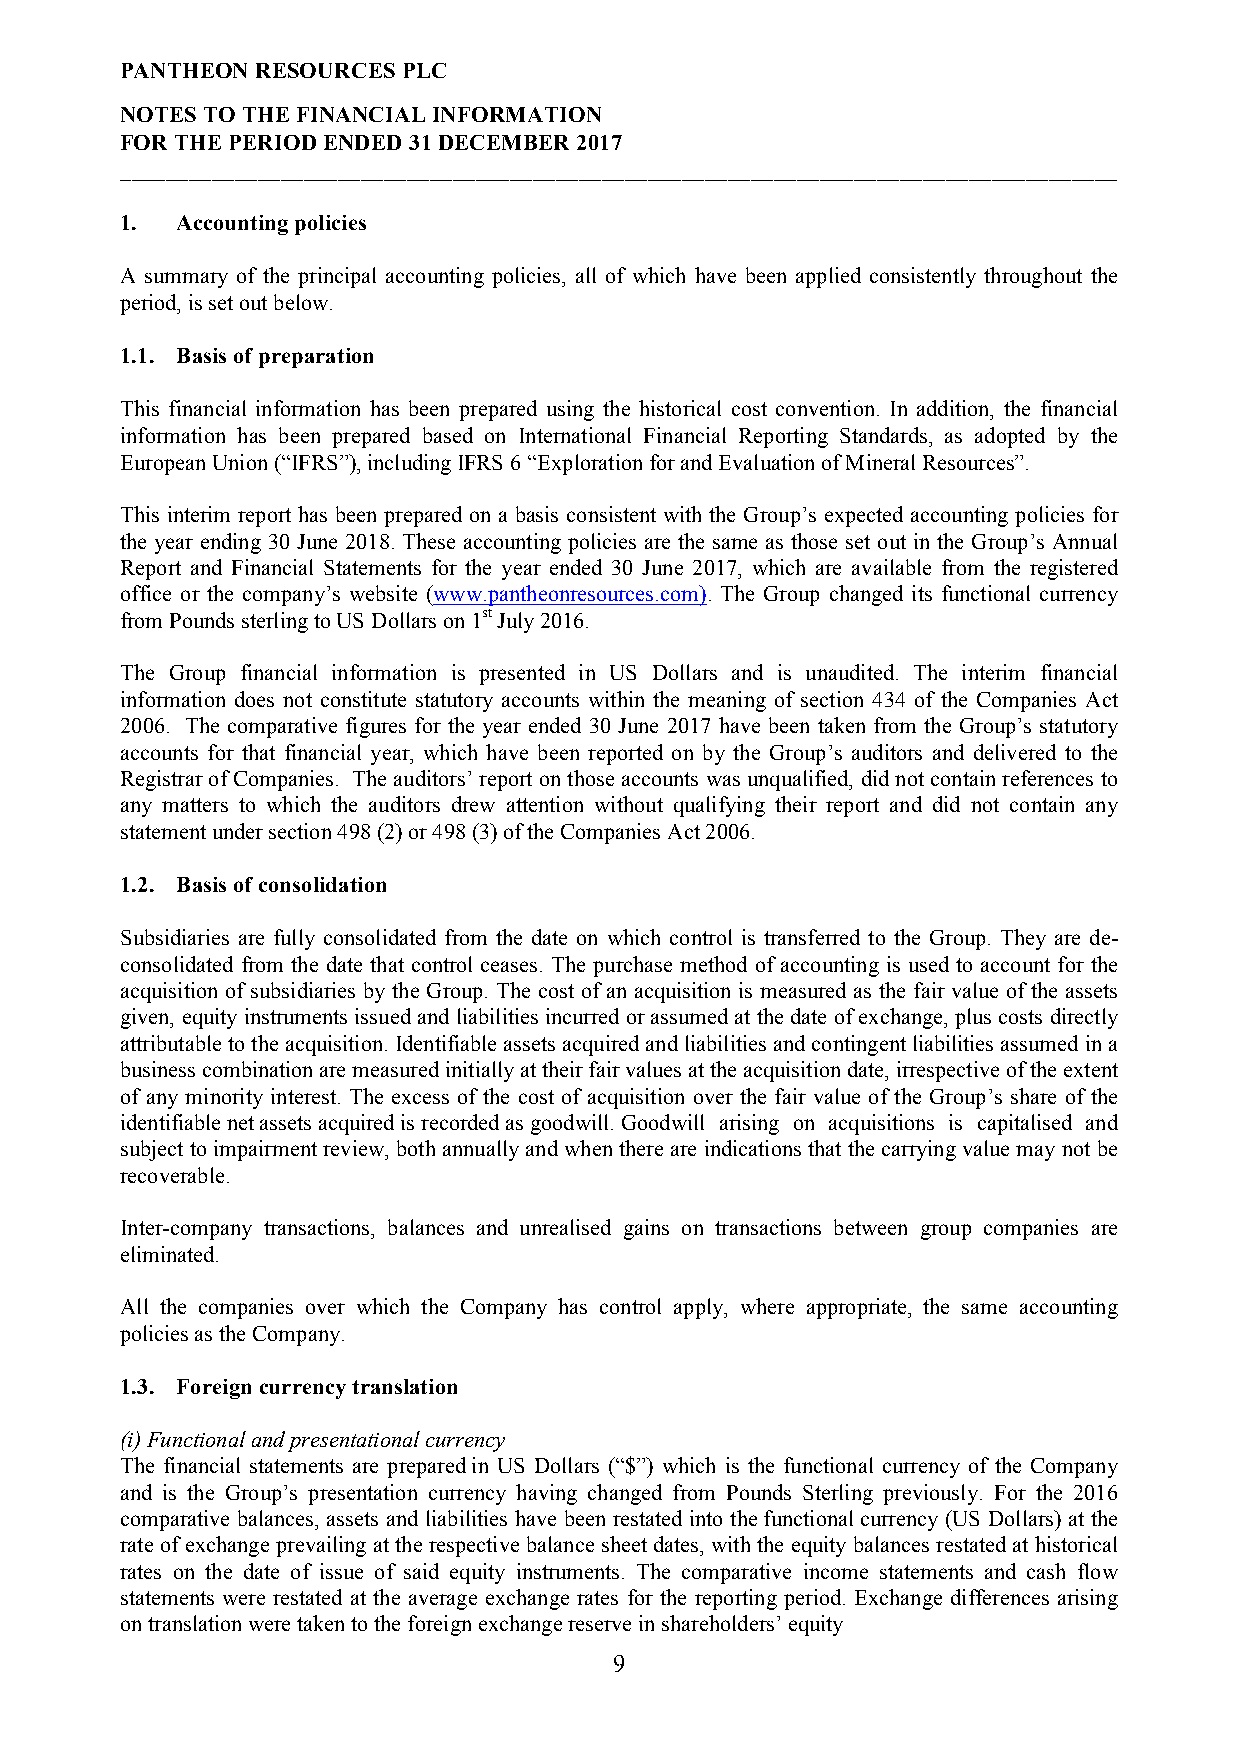
PANTHEON RESOURCES PLC
 NOTES TO THE FINANCIAL INFORMATION
 FOR THE PERIOD ENDED 31 DECEMBER 2017
 _______________________________________________________________________________________
 1.  Accounting policies
 A summary of the principal accounting policies, all of which have been applied consistently throughout the
 period, is set out below.
 1.1. Basis of preparation
 This financial information has been prepared using the historical cost convention. In addition, the financial
 information has been prepared based on International Financial Reporting Standards, as adopted by the
 European Union (“IFRS”), including IFRS 6 “Exploration for and Evaluation of Mineral Resources”.
 This interim report has been prepared on a basis consistent with the Group’s expected accounting policies for
 the year ending 30 June 2018. These accounting policies are the same as those set out in the Group’s Annual
 Report and Financial Statements for the year ended 30 June 2017, which are available from the registered
 office or the company’s website (www.pantheonresources.com). The Group changed its functional currency
 from Pounds sterling to US Dollars on 1st July 2016.
 The Group financial information is presented in US Dollars and is unaudited. The interim financial
 information does not constitute statutory accounts within the meaning of section 434 of the Companies Act
 2006. The comparative figures for the year ended 30 June 2017 have been taken from the Group’s statutory
 accounts for that financial year, which have been reported on by the Group’s auditors and delivered to the
 Registrar of Companies. The auditors’ report on those accounts was unqualified, did not contain references to
 any matters to which the auditors drew attention without qualifying their report and did not contain any
 statement under section 498 (2) or 498 (3) of the Companies Act 2006.
 1.2. Basis of consolidation
 Subsidiaries are fully consolidated from the date on which control is transferred to the Group. They are de-
 consolidated from the date that control ceases. The purchase method of accounting is used to account for the
 acquisition of subsidiaries by the Group. The cost of an acquisition is measured as the fair value of the assets
 given, equity instruments issued and liabilities incurred or assumed at the date of exchange, plus costs directly
 attributable to the acquisition. Identifiable assets acquired and liabilities and contingent liabilities assumed in a
 business combination are measured initially at their fair values at the acquisition date, irrespective of the extent
 of any minority interest. The excess of the cost of acquisition over the fair value of the Group’s share of the
 identifiable net assets acquired is recorded as goodwill. Goodwill arising on acquisitions is capitalised and
 subject to impairment review, both annually and when there are indications that the carrying value may not be
 recoverable.
 Inter-company transactions, balances and unrealised gains on transactions between group companies are
 eliminated.
 All the companies over which the Company has control apply, where appropriate, the same accounting
 policies as the Company.
 1.3. Foreign currency translation
 (i) Functional and presentational currency
 The financial statements are prepared in US Dollars (“$”) which is the functional currency of the Company
 and is the Group’s presentation currency having changed from Pounds Sterling previously. For the 2016
 comparative balances, assets and liabilities have been restated into the functional currency (US Dollars) at the
 rate of exchange prevailing at the respective balance sheet dates, with the equity balances restated at historical
 rates on the date of issue of said equity instruments. The comparative income statements and cash flow
 statements were restated at the average exchange rates for the reporting period. Exchange differences arising
 on translation were taken to the foreign exchange reserve in shareholders’ equity
 9